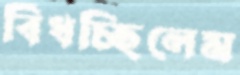
বিঁধচ্ছিলেম